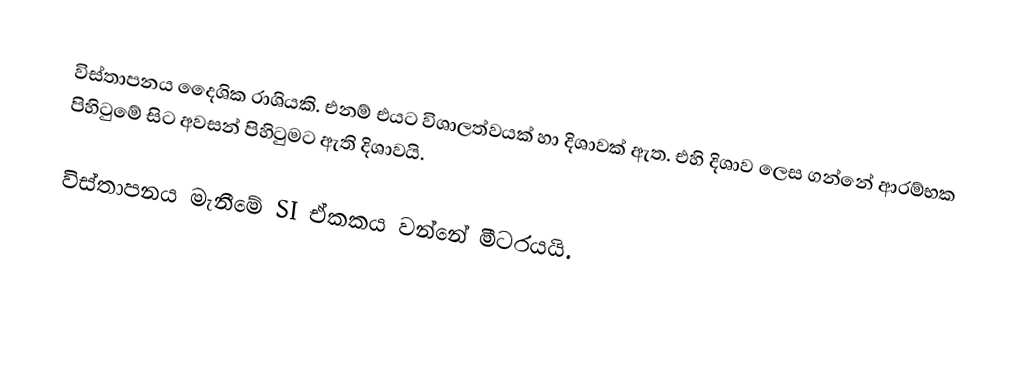
විස්තාපනය  දෛශික රාශියකි. එනම් එයට විශාලත්වයක්  හා  දිශාවක් ඇත. එහි  දිශාව ලෙස ගන්නේ ආරම්භක  පිහිටුමේ සිට  අවසන්    පිහිටුමට ඇති දිශාවයි.

විස්තාපනය මැනීමේ SI ඒකකය වන්නේ  මීටරයයි.